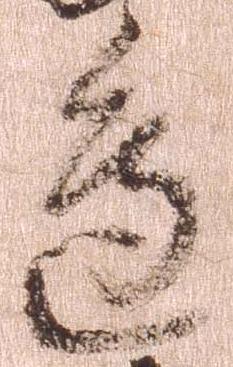
辺